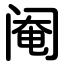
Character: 阉